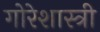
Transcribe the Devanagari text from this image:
गोरेशास्त्री